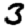
Digit: 3